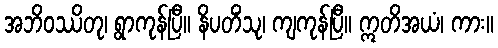
အဘိဝဿိတု၊ ရွာကုန်ပြီ။ နိပတိံသု၊ ကျကုန်ပြီ။ ဣတိအယံ၊ ကား။